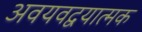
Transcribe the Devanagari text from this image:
अवयवद्वयात्मक